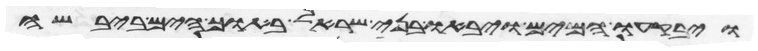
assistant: ויבקעו המים ויבאו בני ישראל בתוך הים ביבשה